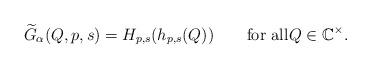
LaTeX: \begin{align*} \widetilde G_\alpha(Q,p,s)=H_{p,s}(h_{p,s}(Q))\qquad\textrm{for all}Q\in\mathbb C^\times. \end{align*}